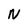
Character: N